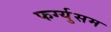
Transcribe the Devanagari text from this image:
फर्ग्युसम